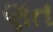
ણત